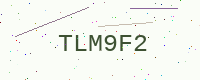
Text: TLM9F2